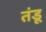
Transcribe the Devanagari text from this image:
तंडू